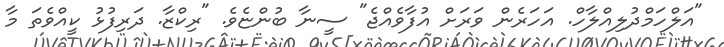
"އަލްހަމްދުލިއްލާހް. އަހަރެން ވަރަށް އުފާވެއްޖެ" ސީނާ ބުންޏެވެ. "ރިކްޒާ. ދަރިފުޅު ކީއްވެތަ މާ